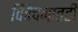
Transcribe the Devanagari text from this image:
विवेचनातही